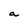
Character: a